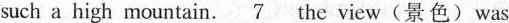
such a high mountain.\underline{7}the vicw(景色)was